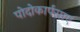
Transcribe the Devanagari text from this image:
पोदोकार्पसाए